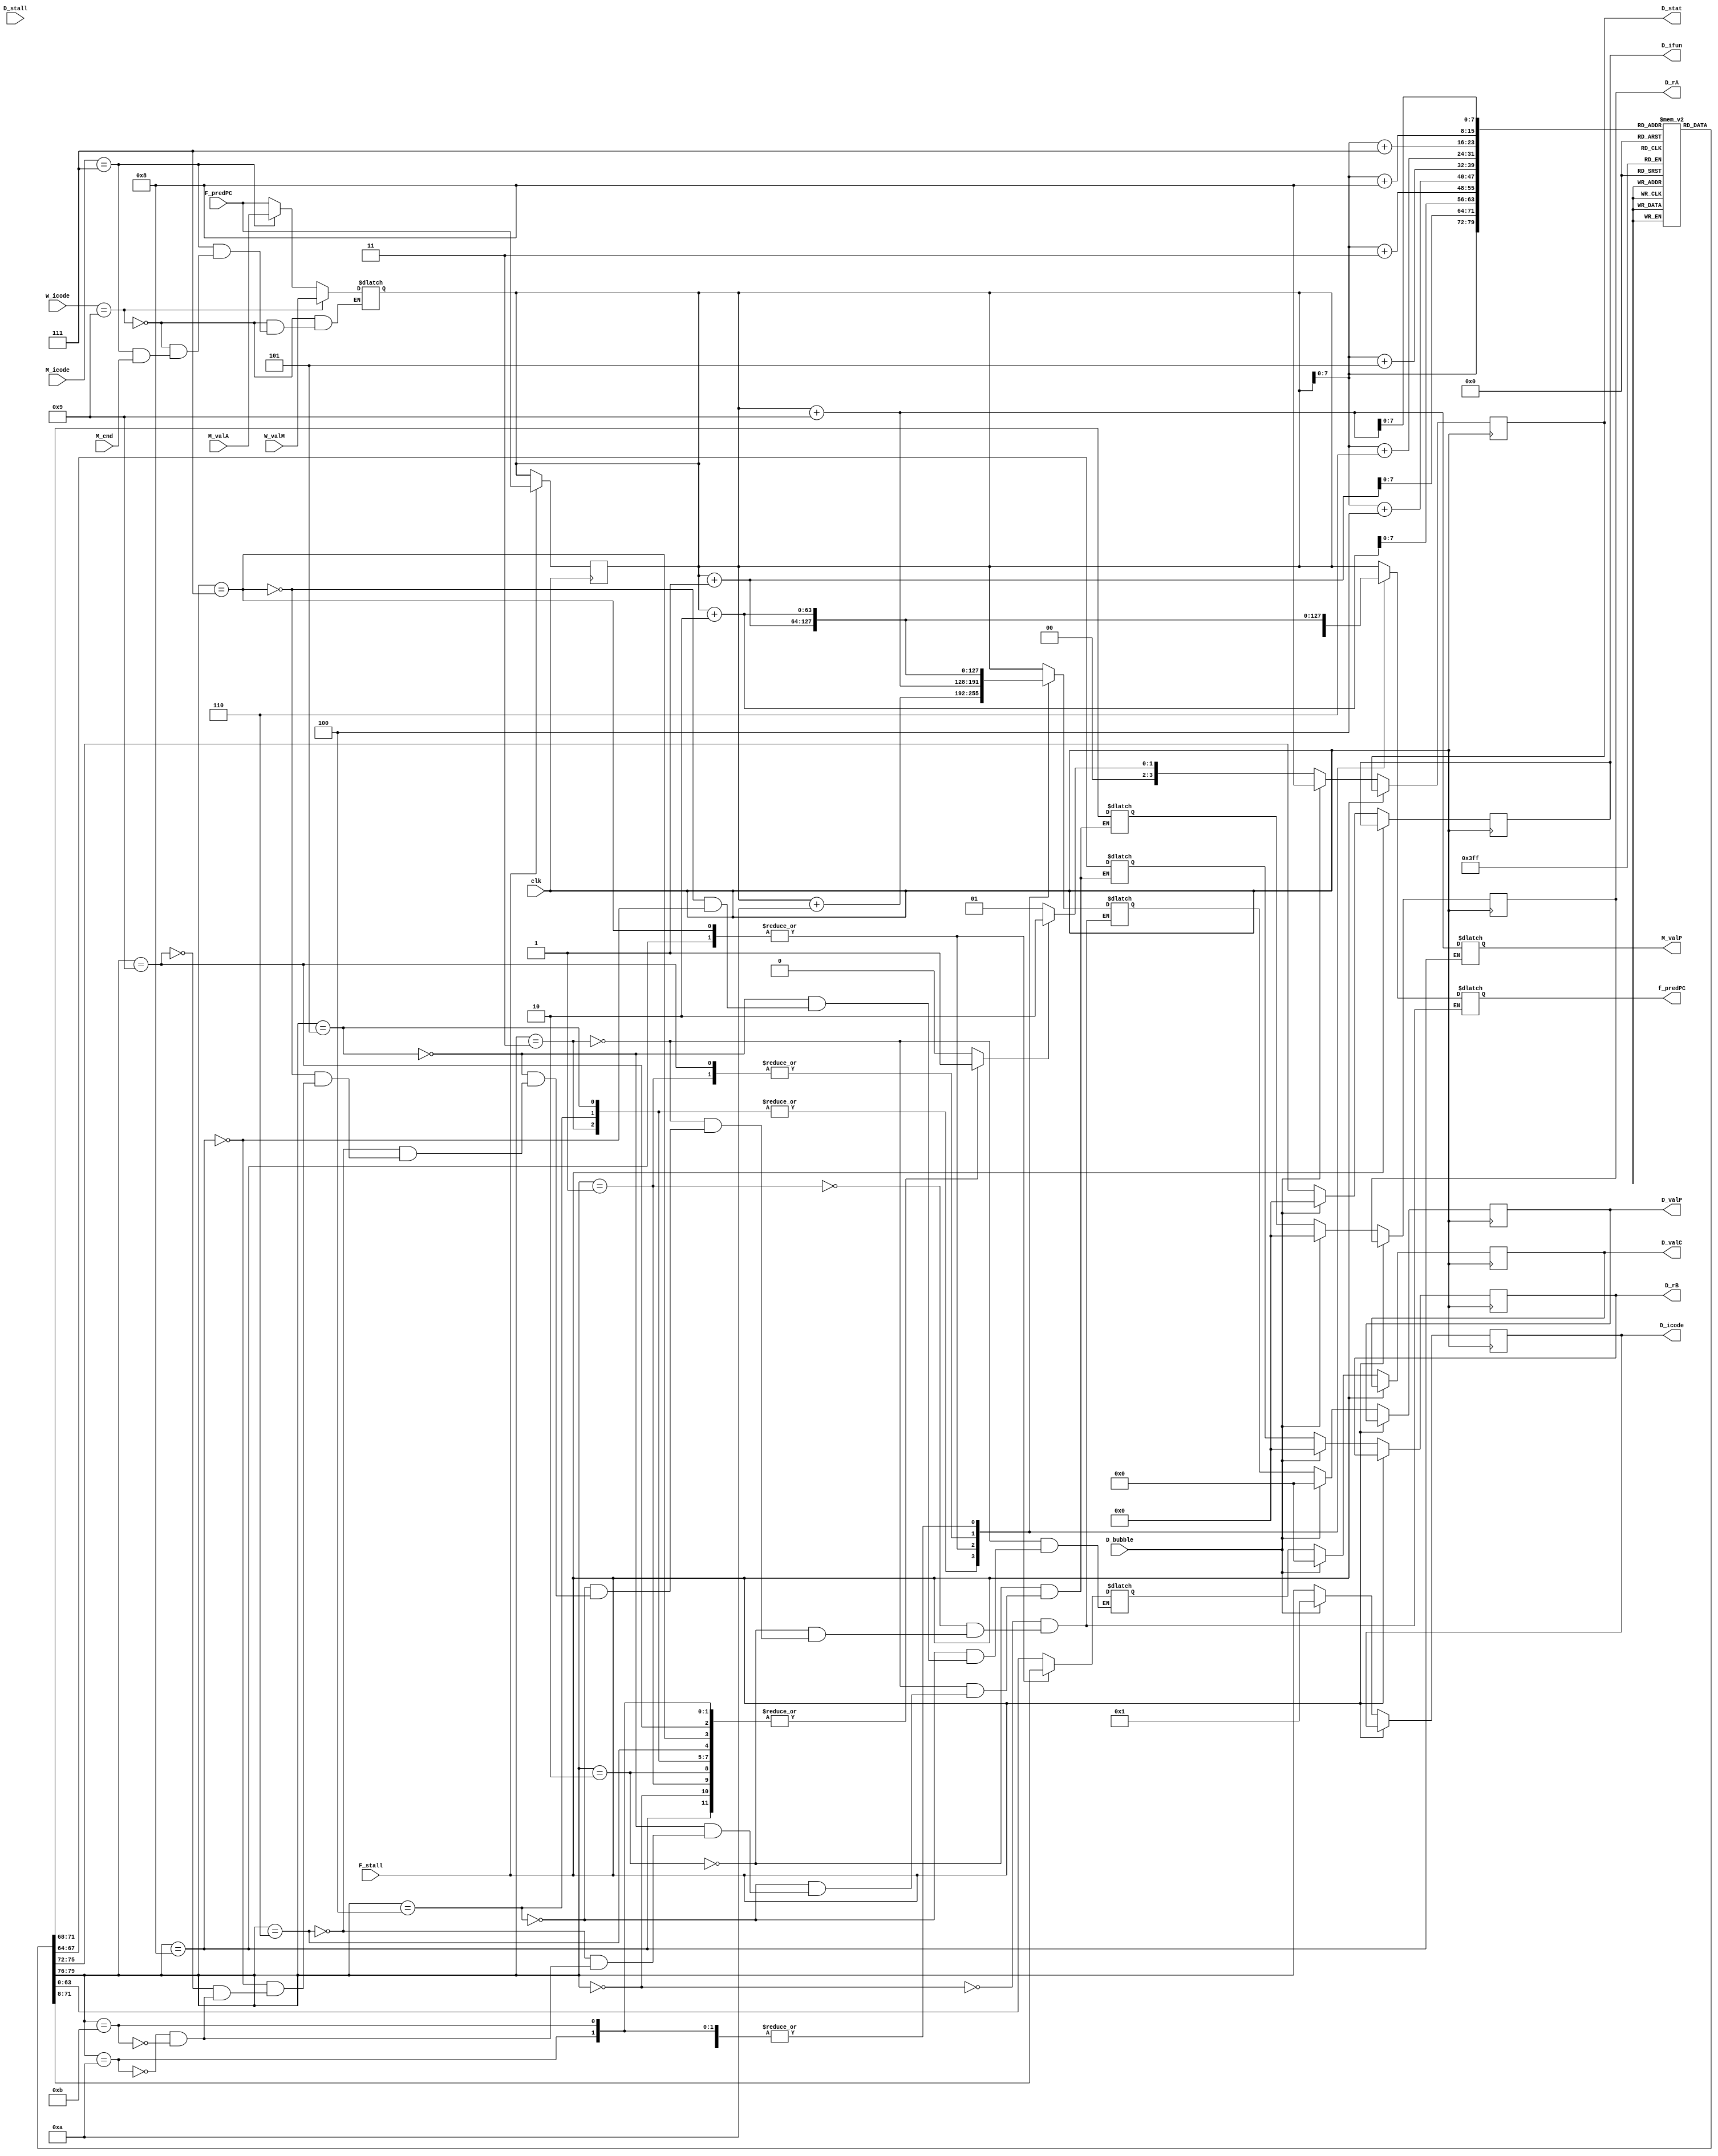
// the difference with pipeline registers is that the data would be stored in a pipeline register instead of being immediately passed to the next stage of the pipeline.

// When an instruction is fetched in the fetch stage, it is passed to the pipeline register that connects the fetch stage to the decode stage. The pipeline register acts as a temporary storage location for the instruction data while the decode stage is performing its tasks. Once the decode stage is ready for the instruction data, it will retrieve it from the pipeline register.

// With pipeline registers, the fetch stage can continue to fetch instructions from memory and store them in the instruction register while the decode stage is processing the previous instruction. This allows for overlap of the fetch and decode stages, which can improve performance by reducing the amount of time the processor spends waiting for instructions to be fetched.


module fetch(D_stat,D_icode,D_ifun,D_rA,D_rB,D_valC,D_valP,f_predPC,M_icode,M_cnd,M_valA,W_icode,W_valM,F_predPC,clk,F_stall,D_stall,D_bubble,M_valP);

input clk;
input M_cnd;
input [3:0] M_icode,W_icode;
input [63:0] M_valA,W_valM;
input [63:0] F_predPC; // This is the predicted value of PC coming from previous instruction
input F_stall;  // in stall case we keep our PC value fixed
input D_stall; // Conditions for load/use hazard
input D_bubble; // Conditions for Mispredicted branch

// D pipeline register
output reg [3:0] D_icode,D_ifun;
output reg [3:0] D_rA,D_rB;
output reg [63:0] D_valC,D_valP;
output reg [0:3] D_stat =4'b1000; // AOK,HLT,ADR,INS
output reg [63:0] M_valP;
// 1st bit(MSB) -> All ok (AOK) , 2nd bit->halt , 3rd bit->memory error 4th bit(LSB)-> instruction invalid
output reg [63:0] f_predPC;  // we predict next PC

reg [3:0] icode,ifun;
reg [3:0] rA,rB;
reg [63:0] valC,valP;
reg memory_error=0, instr_valid=1; 
// memory_error -> To check if PC value is correct address or not
//instr_valid  -> To check if our instruction is between 0 to 11 
reg [0:3] stat;
reg [0:79] instr;
reg [7:0] instr_mem[0:255];
reg [63:0] PC;
// initial 
//     PC = F_predPC;


always @(*) begin
    if(W_icode==4'h9) // ret 
        PC = W_valM;
    else if(M_icode==4'h7) // jxx
    begin
        if(!M_cnd) // jump not taken
            // $display("hello\n");
            PC= M_valA; // M_valA not always store R[rA] it stores valP for 
            // f_predPC=PC;
            //not jump,call  (Select A hardware)
    end
    else // default
        PC = F_predPC;
end

always @(*)
begin

    instr_valid=1;
    if(PC>256)
    begin
        memory_error=1;
    end
    instr={
      instr_mem[PC],
      instr_mem[PC+1],
      instr_mem[PC+2],
      instr_mem[PC+3],
      instr_mem[PC+4],
      instr_mem[PC+5],
      instr_mem[PC+6],
      instr_mem[PC+7],
      instr_mem[PC+8],
      instr_mem[PC+9]
    };
    // $display("")
    // if(PC==8'd212) 
    // begin $display("PC IS 212\n");
    // end
    icode=instr[0:3];
    ifun=instr[4:7];

    case(icode)

    4'b0000: //halt
    begin
        valP=PC;
        f_predPC=valP;
    end

    4'b0001: //nop
    begin 
        valP=PC+1;
        f_predPC=valP;
        // $display("f_pred=%d \n",f_predPC);
    end

    4'b0010: //cmovq
    begin
        rA=instr[8:11];
        rB=instr[12:15];
        valP=PC+2;
        f_predPC=valP;
    end

    4'b0011: //irmovq
    begin
        rA=instr[8:11];
        rB=instr[12:15];
        valC=instr[16:79];
        valP=PC+10;
        f_predPC=valP;
    end

    4'b0100: //rmmovq
    begin
        rA=instr[8:11]; 
        rB=instr[12:15];
        valC=instr[16:79];
        valP=PC+10;
        f_predPC=valP;
    end

    4'b0101: //mrmovq
    begin
        rA=instr[8:11];
        rB=instr[12:15];
        valC=instr[16:79];
        valP=PC+10;
        f_predPC=valP;
    end

    4'b0110: //Opq
    begin
        rA=instr[8:11];
        rB=instr[12:15];
        valP=PC+2;
        f_predPC=valP;
    end

    4'b0111: //jxx
    begin
        valC=instr[8:71];
        valP=PC+9;
        f_predPC=valC; // In pipeline we assume initailly jump is taken
    end

    4'b1000: //call
    begin
        valC=instr[8:71];
        valP=PC+9;
        f_predPC=valC;
        M_valP=valP;
    end

    4'b1001: //ret
    begin
        valP=PC+1;
        f_predPC=valP;
        // In case of ret we cannot predict we have to wait for memory stage
    end

    4'hA: //pushq
    begin
        rA=instr[8:11];
        rB=instr[12:15];
        valP=PC+2;
        f_predPC=valP;
    end

    4'hB: //popq
    begin
        rA=instr[8:11];
        rB=instr[12:15];
        valP=PC+2;
        f_predPC=valP;
    end

    default:
        instr_valid=1'b0;
    endcase

    if(instr_valid==1'b0) // If the instruction is invalid
        stat = 4'b0001;
    else if(memory_error==1) // for memory address
    begin
        stat = 4'b0010;
    end
    else if(icode==4'b0000) // for halting
        stat = 4'b0100;
    else            // ALL OK (MSB is 1 and rest are 0)
        stat = 4'b1000; 

end


// Now we store this information in the decode pipeline register 

always @(posedge clk)
begin
    if(F_stall)
    begin
        PC = F_predPC; // we keep our PC value same as previous
    end
    else if(D_bubble) // In this case we just execute of nop 
    begin
        // $display("In D_bubble\n");
        D_icode <= 4'b0001;
        D_ifun <= 4'b0000;
        D_rA <= 4'b0000;
        D_rB <= 4'b0000;
        D_valC <= 64'b0;
        D_valP <= 64'b0;
        D_stat <= 4'b1000; // ALL OK status
    end
    else
    begin
        D_icode <= icode;
        D_ifun <= ifun;
        D_rA <= rA;
        D_rB <= rB;
        D_valC <= valC;
        D_valP <= valP;
        D_stat <= stat;
    end
end

initial begin

    instr_mem[0]=8'h80; // 8 0 call 
    instr_mem[1]=8'h0; 
    instr_mem[2]=8'h0;
    instr_mem[3]=8'h0;
    instr_mem[4]=8'h0;
    instr_mem[5]=8'h0;
    instr_mem[6]=8'h0;
    instr_mem[7]=8'h0;
    instr_mem[8]=8'h09;
    instr_mem[9]=8'h10;
    instr_mem[10]=8'h00;
    instr_mem[11]=8'h10;
    instr_mem[12]=8'h00;

    // instr_mem[13]=8'h30; // 3 0 irmovq    
    // instr_mem[14]=8'hF2; // F rB=2
    // instr_mem[15]=8'h0;
    // instr_mem[16]=8'h0;
    // instr_mem[17]=8'h0;
    // instr_mem[18]=8'h0;
    // instr_mem[19]=8'h0;
    // instr_mem[20]=8'h0;
    // instr_mem[21]=8'h0;
    // instr_mem[22]=8'h25;
    // instr_mem[23]=8'h00;
    // instr_mem[24]=8'h10;


    // call ret example
    // instr_mem[60] = 8'h80; //call
    // {instr_mem[61],instr_mem[62],instr_mem[63],instr_mem[64],instr_mem[65],instr_mem[66],instr_mem[67],instr_mem[68]} = 64'd70;

    // instr_mem[69] = 8'h00;

    // instr_mem[70] = 8'h10;
    // instr_mem[71] = 8'h10;


    // instr_mem[72] = 8'h90;

    //opq
    // instr_mem[25]=8'h60;
    // instr_mem[26]=8'h23;
    // instr_mem[27]=8'h00;

    // push pop
    instr_mem[28]=8'hA0;
    instr_mem[29]=8'h2F;
    instr_mem[30]=8'hB0;
    instr_mem[31]=8'h2F;
    instr_mem[32]=8'h10;
    instr_mem[33]=8'h10;

    // text book example
    // instr_mem[32]=8'h30;    
    // instr_mem[33]=8'hF3;
    // instr_mem[34]=8'h0;
    // instr_mem[35]=8'h0;
    // instr_mem[36]=8'h0;
    // instr_mem[37]=8'h0;
    // instr_mem[38]=8'h0;
    // instr_mem[39]=8'h0;
    // instr_mem[40]=8'h0;
    // instr_mem[41]=8'h0A;
    // instr_mem[42]=8'h30;
    // instr_mem[43]=8'hF2;
    // instr_mem[44]=8'h0;
    // instr_mem[45]=8'h0;
    // instr_mem[46]=8'h0;
    // instr_mem[47]=8'h0;
    // instr_mem[48]=8'h0;
    // instr_mem[49]=8'h0;
    // instr_mem[50]=8'h0;
    // instr_mem[51]=8'hB;
    // instr_mem[52]=8'h10;
    // instr_mem[53]=8'h10;
    // instr_mem[54]=8'h10;
    // instr_mem[55]=8'h60;
    // instr_mem[56]=8'h23;
    // instr_mem[57]=8'h00;
    // instr_mem

    //..............DATA forwarding ............................
    // irmovq $10,%rdx
    instr_mem[128]=8'b00110000; //3 0
    instr_mem[129]=8'b11110010; //F rB=2
    instr_mem[130]=8'b00000000;           
    instr_mem[131]=8'b00000000;           
    instr_mem[132]=8'b00000000;           
    instr_mem[133]=8'b00000000;          
    instr_mem[134]=8'b00000000;          
    instr_mem[135]=8'b00000000;          
    instr_mem[136]=8'b00000000;
    instr_mem[137]=8'b00001010; //V=10

    // irmovq  $3,%rax
    instr_mem[138]=8'b00110000; //3 0
    instr_mem[139]=8'b11110000; //F rB=0
    instr_mem[140]=8'b00000000;           
    instr_mem[141]=8'b00000000;           
    instr_mem[142]=8'b00000000;           
    instr_mem[143]=8'b00000000;          
    instr_mem[144]=8'b00000000;          
    instr_mem[145]=8'b00000000;          
    instr_mem[146]=8'b00000000;
    instr_mem[147]=8'b00000011; //V=3

    // addq %rdx,%rax
    instr_mem[148]=8'b01100000; //6 0```
    instr_mem[149]=8'b00100000; //rA=2 rB=0
    instr_mem[150]=8'h10;
    instr_mem[151]=8'h10;
    instr_mem[152]=8'h10;
    instr_mem[153]=8'h10;
    

    //

    // instr_mem[150]=8'b00110000; 
    // instr_mem[151]=8'b11110010; 
    // instr_mem[152]=8'b00000000;           
    // instr_mem[153]=8'b00000000;           
    // instr_mem[154]=8'b00000000;           
    // instr_mem[155]=8'b00000000;          
    // instr_mem[156]=8'b00000000;          
    // instr_mem[157]=8'b00000000;          
    // instr_mem[158]=8'b00000000;
    // instr_mem[159]=8'b10000000; 

    // instr_mem[160]=8'b00110000; 
    // instr_mem[161]=8'b11110001; 
    // instr_mem[162]=8'b00000000;           
    // instr_mem[163]=8'b00000000;           
    // instr_mem[164]=8'b00000000;           
    // instr_mem[165]=8'b00000000;          
    // instr_mem[166]=8'b00000000;          
    // instr_mem[167]=8'b00000000;          
    // instr_mem[168]=8'b00000000;
    // instr_mem[169]=8'b00000011; 

    // instr_mem[170]=8'b01000000; 
    // instr_mem[171]=8'b00010010; 
    // instr_mem[172]=8'b00000000; 
    // instr_mem[173]=8'b00000000; 
    // instr_mem[174]=8'b00000000; 
    // instr_mem[175]=8'b00000000; 
    // instr_mem[176]=8'b00000000; 
    // instr_mem[177]=8'b00000000; 
    // instr_mem[178]=8'b00000000; 
    // instr_mem[179]=8'b00000000; 

    // instr_mem[180]=8'b00110000; 
    // instr_mem[181]=8'b11110011; 
    // instr_mem[182]=8'b00000000;           
    // instr_mem[183]=8'b00000000;           
    // instr_mem[184]=8'b00000000;           
    // instr_mem[185]=8'b00000000;          
    // instr_mem[186]=8'b00000000;          
    // instr_mem[187]=8'b00000000;          
    // instr_mem[188]=8'b00000000;
    // instr_mem[189]=8'b00001010; 

    // instr_mem[190]=8'b01010000; 
    // instr_mem[191]=8'b00100000; 
    // instr_mem[192]=8'b00000000; 
    // instr_mem[193]=8'b00000000;
    // instr_mem[194]=8'b00000000; 
    // instr_mem[195]=8'b00000000; 
    // instr_mem[196]=8'b00000000; 
    // instr_mem[197]=8'b00000000; 
    // instr_mem[198]=8'b00000000; 
    // instr_mem[199]=8'b00000000; 

    // instr_mem[200]=8'b01100000; 
    // instr_mem[201]=8'b00110000;
    
    // .................... load use hazard ....................
    instr_mem[190]=8'h50; 
    instr_mem[191]=8'h23; 
    instr_mem[192]=8'b00000000; 
    instr_mem[193]=8'b00000000;
    instr_mem[194]=8'b00000000; 
    instr_mem[195]=8'b00000000; 
    instr_mem[196]=8'b00000000; 
    instr_mem[197]=8'b00000000; 
    instr_mem[198]=8'b00000000; 
    instr_mem[199]=8'b00000001; 

    instr_mem[200]=8'h60; 
    instr_mem[201]=8'h42;
    instr_mem[202]=8'h00; 

    // ............. jump (misprediction) ..................
    instr_mem[203]=8'h73; 
    instr_mem[204]=8'h00; 
    instr_mem[205]=8'b00000000; 
    instr_mem[206]=8'b00000000;
    instr_mem[207]=8'b00000000; 
    instr_mem[208]=8'b00000000; 
    instr_mem[209]=8'b00000000; 
    instr_mem[210]=8'b00000000; 
    instr_mem[211]=8'd213; 
    instr_mem[212]=8'h00; 
    instr_mem[213]=8'h10;

    //...........return ..........
    instr_mem[213]=8'h80; 
    instr_mem[214]=8'h00; 
    instr_mem[215]=8'b00000000; 
    instr_mem[216]=8'b00000000;
    instr_mem[217]=8'b00000000; 
    instr_mem[218]=8'b00000000; 
    instr_mem[219]=8'b00000000; 
    instr_mem[220]=8'b00000000; 
    instr_mem[221]=8'd224; 
    instr_mem[222]=8'h60;

    instr_mem[223]=8'h23; 
    instr_mem[224]=8'h90; 



    // instr_mem[225]=8'b00010000; 
    // instr_mem[226]=8'b00000000;
    // instr_mem[227]=8'b00000000; 
    // instr_mem[228]=8'b00000000; 
    // instr_mem[229]=8'b00000000; 
    // instr_mem[230]=8'b00000000; 
    // instr_mem[231]=8'd202; 
    // instr_mem[232]=8'h00;

    // instr_mem[233]=8'h61;
    // instr_mem[234]=8'h32;











end


endmodule